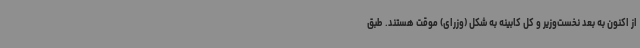
از اکنون به بعد نخست‌وزیر و کل کابینه به شکل (وزرای) موقت هستند. طبق